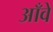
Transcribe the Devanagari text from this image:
आँवे